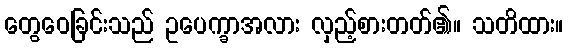
တွေဝေခြင်းသည် ဥပေက္ခာအလား လှည့်စားတတ်၏။ သတိထား။